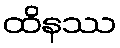
ထိနဿ